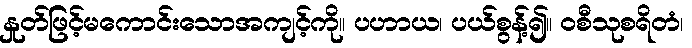
နှုတ်ဖြင့်မကောင်းသောအကျင့်ကို။ ပဟာယ၊ ပယ်စွန့်၍။ ဝစီသုစရိတံ၊